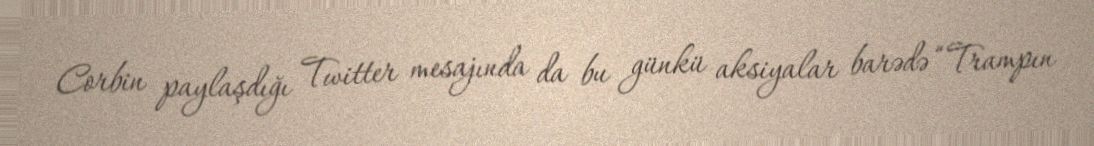
Corbin paylaşdığı Twitter mesajında da bu günkü aksiyalar barədə “Trampın